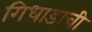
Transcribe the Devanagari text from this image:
गिधाडाची